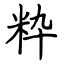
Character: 粋